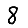
Digit: 8